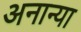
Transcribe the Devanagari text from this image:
अनान्या